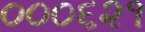
૦૦૦૬૨૧